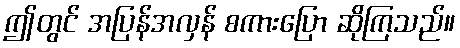
ဤတွင် အပြန်အလှန် စကားပြော ဆိုကြသည်။